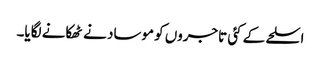
اسلحے کے کئی تاجروں کو موساد نے ٹھکانے لگایا۔